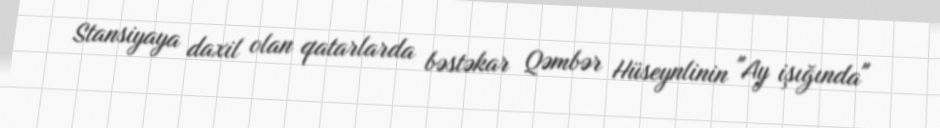
Stansiyaya daxil olan qatarlarda bəstəkar Qəmbər Hüseynlinin "Ay işığında"